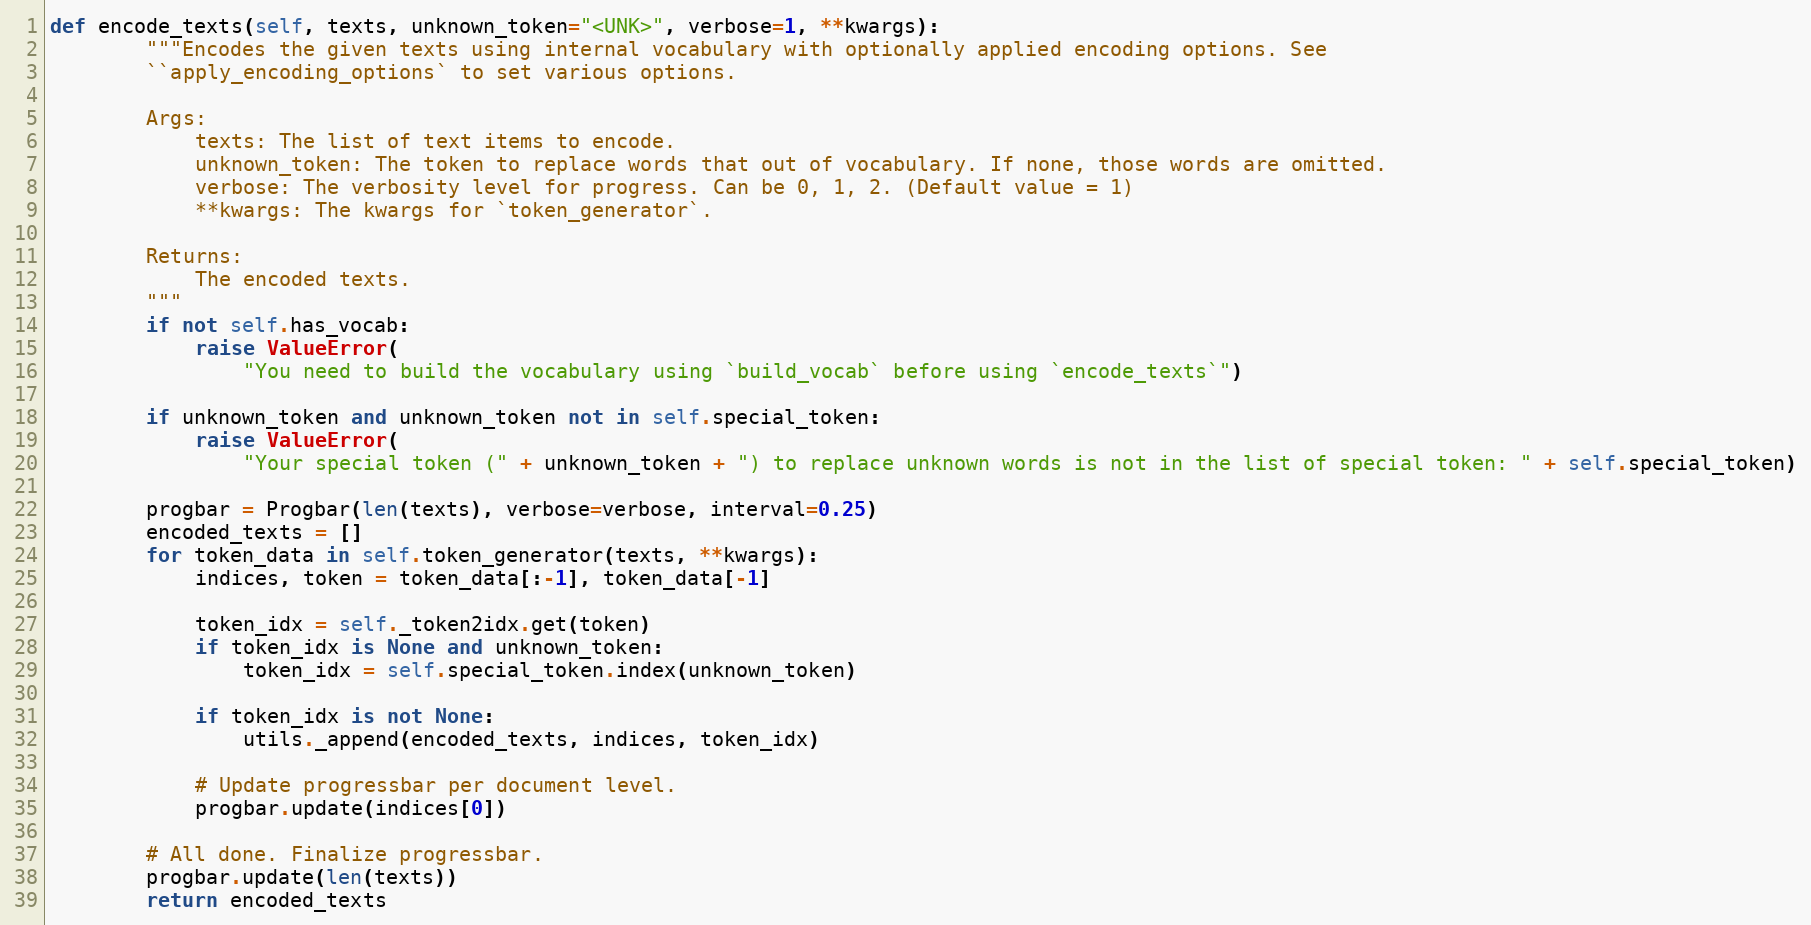
Language: Python
def encode_texts(self, texts, unknown_token="<UNK>", verbose=1, **kwargs):
        """Encodes the given texts using internal vocabulary with optionally applied encoding options. See
        ``apply_encoding_options` to set various options.

        Args:
            texts: The list of text items to encode.
            unknown_token: The token to replace words that out of vocabulary. If none, those words are omitted.
            verbose: The verbosity level for progress. Can be 0, 1, 2. (Default value = 1)
            **kwargs: The kwargs for `token_generator`.

        Returns:
            The encoded texts.
        """
        if not self.has_vocab:
            raise ValueError(
                "You need to build the vocabulary using `build_vocab` before using `encode_texts`")

        if unknown_token and unknown_token not in self.special_token:
            raise ValueError(
                "Your special token (" + unknown_token + ") to replace unknown words is not in the list of special token: " + self.special_token)

        progbar = Progbar(len(texts), verbose=verbose, interval=0.25)
        encoded_texts = []
        for token_data in self.token_generator(texts, **kwargs):
            indices, token = token_data[:-1], token_data[-1]

            token_idx = self._token2idx.get(token)
            if token_idx is None and unknown_token:
                token_idx = self.special_token.index(unknown_token)

            if token_idx is not None:
                utils._append(encoded_texts, indices, token_idx)

            # Update progressbar per document level.
            progbar.update(indices[0])

        # All done. Finalize progressbar.
        progbar.update(len(texts))
        return encoded_texts